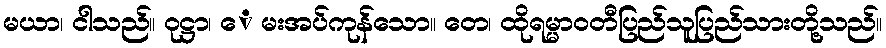
မယာ၊ ငါသည်။ ဝုဋ္ဌာ၊ ေ မးအပ်ကုန်သော။ တေ၊ ထိုရမ္မာဝတီပြည်သူပြည်သားတို့သည်။